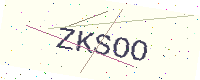
Text: ZKSOO